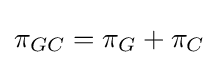
\pi _{GC}=\pi _{G}+\pi _{C}